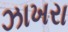
ઝાખરા